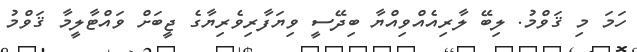
ހަމަ މި ޤަވްމު. ލިބޭ ލާރިއެއްވިއްޔާ ބިދޭސީ ވިޔަފާރިވެރިޔާގެ ޖީބަށް ވައްޓާލީމާ ޤަވްމު